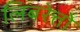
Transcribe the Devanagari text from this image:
लिबरेत्तो